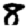
Digit: 8